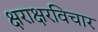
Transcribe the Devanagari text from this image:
क्षराक्षरविचार